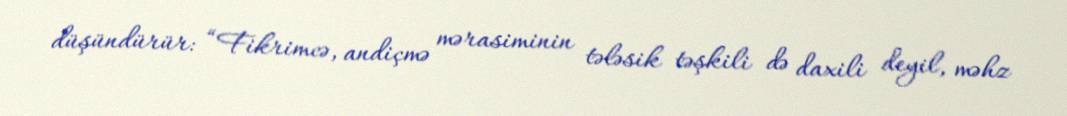
düşündürür: “Fikrimcə, andiçmə mərasiminin tələsik təşkili də daxili deyil, məhz